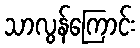
သာလွန်ကြောင်း